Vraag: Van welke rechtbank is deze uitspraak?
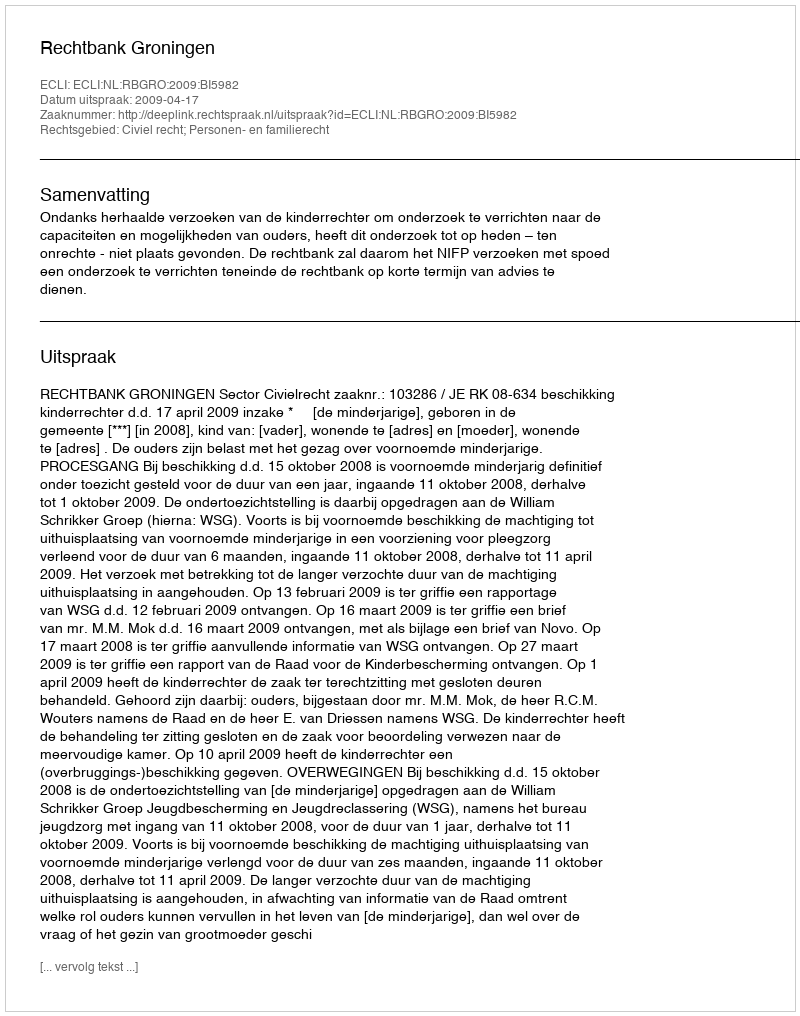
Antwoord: Rechtbank Groningen